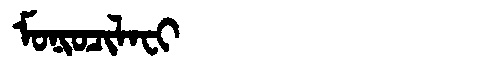
Manchu: ᠮᠣᠨᡳᠣᠴᡳᠯᠠᠸᡳ
Romanization: MONIOCILAFI